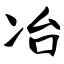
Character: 冶